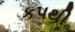
કપથી